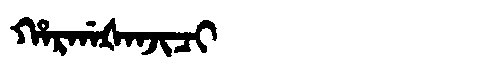
Manchu: ᡥᠠᡵᡤᠠᡧᠠᠨᠵᡳᠴᡳ
Romanization: HARGAŠANJICI